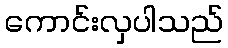
ကောင်းလှပါသည်